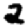
Digit: 2